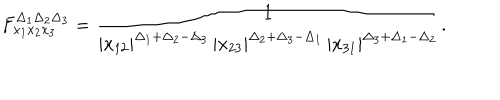
F _ { x _ { 1 } x _ { 2 } x _ { 3 } } ^ { \Delta _ { 1 } \Delta _ { 2 } \Delta _ { 3 } } = \frac { 1 } { | x _ { 1 2 } | ^ { \Delta _ { 1 } + \Delta _ { 2 } - \Delta _ { 3 } } \, | x _ { 2 3 } | ^ { \Delta _ { 2 } + \Delta _ { 3 } - \Delta _ { 1 } } \, | x _ { 3 1 } | ^ { \Delta _ { 3 } + \Delta _ { 1 } - \Delta _ { 2 } } } .